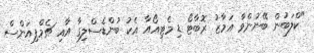
"ކްލަބުން ބޭނުންވާ އަމާޒު ރޮބާޓޯ ޑި މެޓިއޯއާ އެކު ބުންޑެސްލިގާ އާއި ޗެމްޕިއަންސް